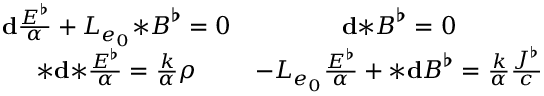
\begin{array} { c c } { \mathbf { d } \frac { \boldsymbol { E } ^ { \flat } } { \alpha } + L _ { e _ { 0 } } { \boldsymbol { * } } \boldsymbol { B } ^ { \flat } = 0 } & { \mathbf { d } { \boldsymbol { * } } \boldsymbol { B } ^ { \flat } = 0 } \\ { { \boldsymbol { * } } \mathbf { d } { \boldsymbol { * } } \frac { \boldsymbol { E } ^ { \flat } } { \alpha } = \frac { k } { \alpha } \rho } & { - L _ { e _ { 0 } } \frac { \boldsymbol { E } ^ { \flat } } { \alpha } + { \boldsymbol { * } } \mathbf { d } \boldsymbol { B } ^ { \flat } = \frac { k } { \alpha } \frac { \boldsymbol { J ^ { \flat } } } { c } } \end{array}